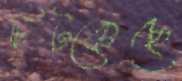
ছিট্‌কেছে